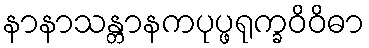
နာနာသန္တာနကပုပ္ဖရုက္ခဝိဝိဓာ